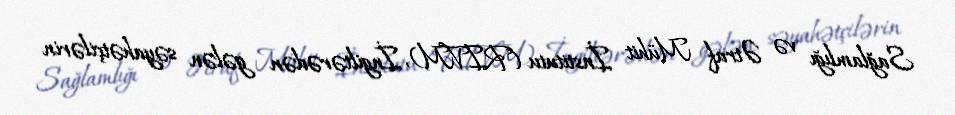
Sağlamlığı və Ətraf Mühit İnstitutu (RIVM), İngiltərədən gələn səyahətçilərin